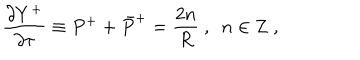
LaTeX: \frac { \partial Y ^ { + } } { \partial \tau } \equiv P ^ { + } + \bar { P } ^ { + } = \frac { 2 n } { R } ~ , ~ ~ n \in { \bf Z } ~ ,